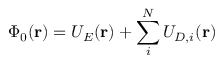
\Phi _ { 0 } ( \mathbf { r } ) = U _ { E } ( \mathbf { r } ) + \sum _ { i } ^ { N } U _ { D , i } ( \mathbf { r } )